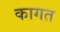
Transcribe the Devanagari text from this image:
कागत